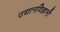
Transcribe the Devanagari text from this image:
उद्यानविज्ञानी